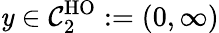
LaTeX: \mathit{y}\in\mathcal{{C}}_{2}^{\mathrm{{HO}}}:=(0,\infty)